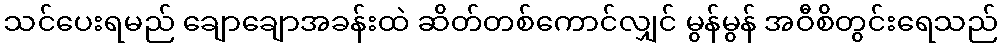
သင်ပေးရမည် ချောချောအခန်းထဲ ဆိတ်တစ်ကောင်လျှင် မွန်မွန် အဝီစိတွင်းရေသည်